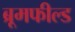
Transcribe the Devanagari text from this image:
ब्रूमफील्ड